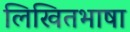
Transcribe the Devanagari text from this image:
लिखितभाषा